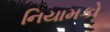
નિયામકો